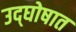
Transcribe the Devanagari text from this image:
उद्‌घोषात